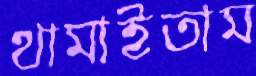
থামাইতাম